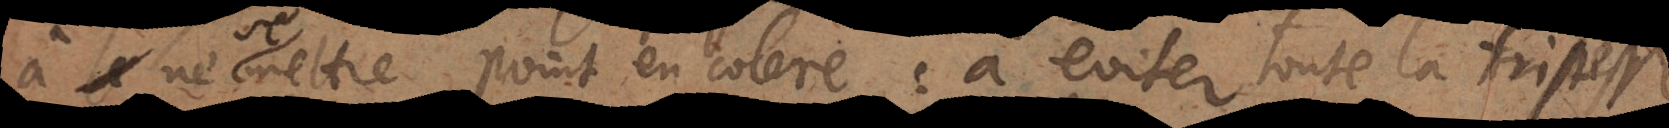
ne se mettre point en colere: à eviter toute la tristesse